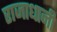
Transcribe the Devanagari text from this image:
राजाधानी